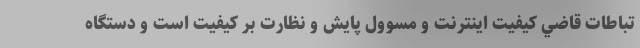
تباطات قاضي كيفيت اينترنت و مسوول پايش و نظارت بر كيفيت است و دستگاه